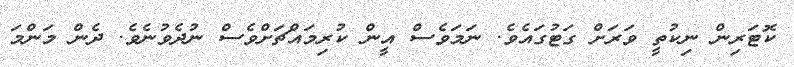
ކޮޓަރިން ނިކުތީ ވަރަށް ގަޓުގައެވެ. ނަމަވެސް އީން ކުރިމައްޗަށްވެސް ނުދެވުނެވެ. ދެން މަންމަ